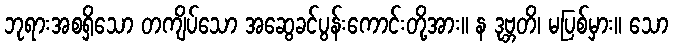
ဘုရားအစရှိသော တကျိပ်သော အဆွေခင်ပွန်းကောင်းတို့အား။ န ဒုဗ္ဘတိ၊ မပြစ်မှား။ သော